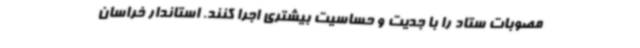
مصوبات ستاد را با جدیت و حساسیت بیشتری اجرا کنند. استاندار خراسان